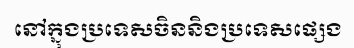
នៅក្នុងប្រទេសចិននិងប្រទេសផ្សេង